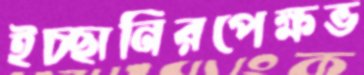
ইচ্ছানিরপেক্ষভ